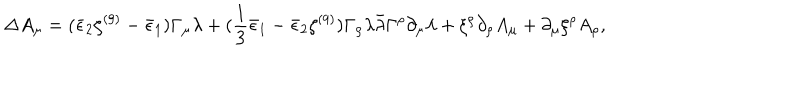
LaTeX: \Delta A _ { \mu } = ( \bar { \epsilon } _ { 2 } \zeta ^ { ( 9 ) } - \bar { \epsilon } _ { 1 } ) \Gamma _ { \mu } \lambda + ( { \frac { 1 } { 3 } } \bar { \epsilon } _ { 1 } - \bar { \epsilon } _ { 2 } \zeta ^ { ( 9 ) } ) \Gamma _ { \rho } \lambda \bar { \lambda } \Gamma ^ { \rho } \partial _ { \mu } \lambda + \xi ^ { \rho } \partial _ { \rho } A _ { \mu } + \partial _ { \mu } \xi ^ { \rho } A _ { \rho } ,